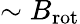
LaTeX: \sim B_{\mathrm{rot}}